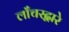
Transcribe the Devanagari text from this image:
लाँचरद्वारे